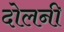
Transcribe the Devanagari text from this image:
दोलनी